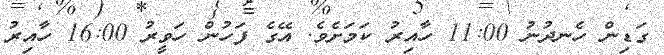
ގަޑިން ހެނދުނު 11:00 ހާއިރު ކަމަށެވެ. އޭގެ ފަހުން ހަވީރު 16:00 ހާއިރު